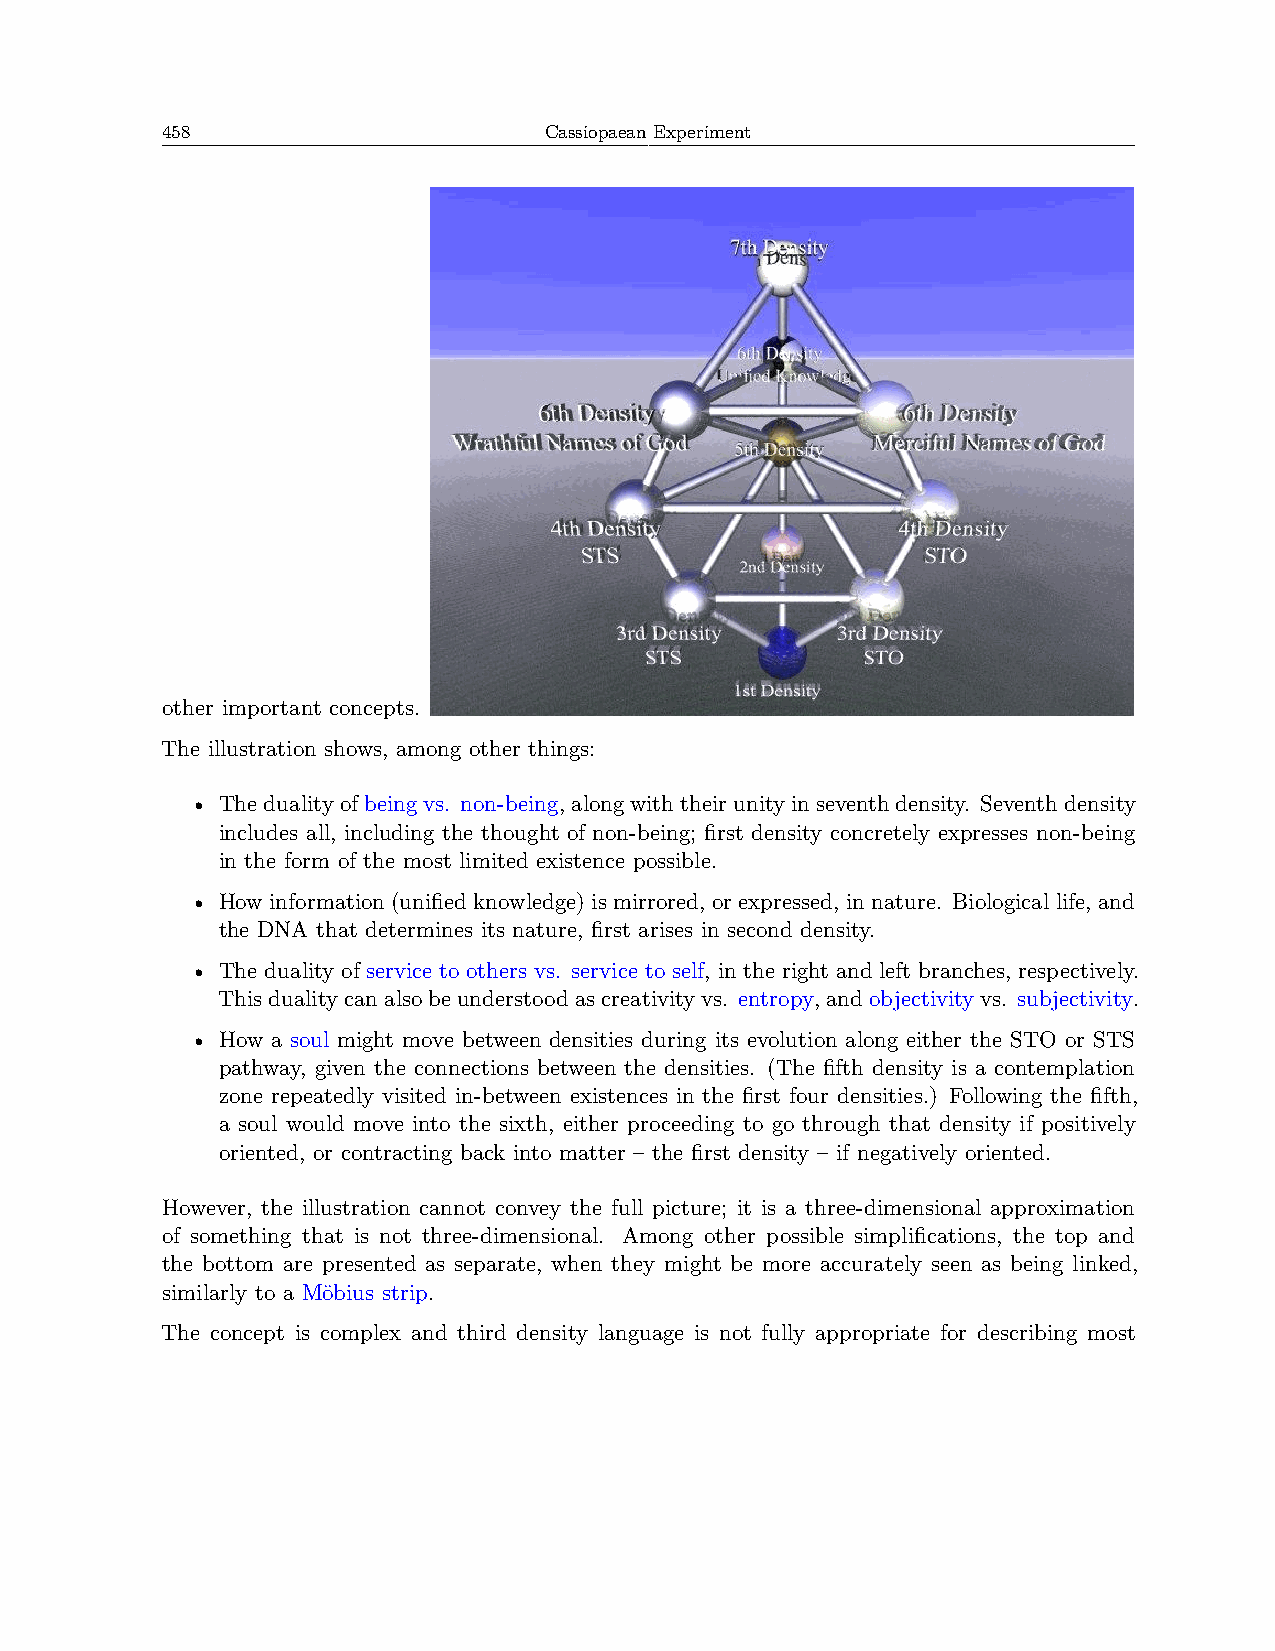
458                      Cassiopaean Experiment
 other important concepts.
 The illustration shows, among other things:
 • Thedualityofbeingvs. non-being, alongwiththeirunityinseventhdensity. Seventhdensity
 includes all, including the thought of non-being; first density concretely expresses non-being
 in the form of the most limited existence possible.
 • How information (unified knowledge) is mirrored, or expressed, in nature. Biological life, and
 the DNA that determines its nature, first arises in second density.
 • The duality of service to others vs. service to self, in the right and left branches, respectively.
 Thisdualitycanalsobeunderstoodascreativityvs. entropy, andobjectivityvs. subjectivity.
 • How a soul might move between densities during its evolution along either the STO or STS
 pathway, given the connections between the densities. (The fifth density is a contemplation
 zone repeatedly visited in-between existences in the first four densities.) Following the fifth,
 a soul would move into the sixth, either proceeding to go through that density if positively
 oriented, or contracting back into matter – the first density – if negatively oriented.
 However, the illustration cannot convey the full picture; it is a three-dimensional approximation
 of something that is not three-dimensional. Among other possible simplifications, the top and
 the bottom are presented as separate, when they might be more accurately seen as being linked,
 similarly to a Möbius strip.
 The concept is complex and third density language is not fully appropriate for describing most